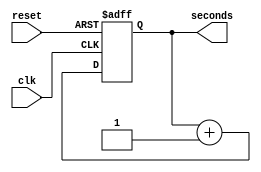
module second_counter(
  input clk,
  input reset,
  output reg [5:0] seconds
);

  always @(posedge clk or posedge reset) begin
    if (reset) begin
      seconds <= 0;
    end else begin
      seconds <= seconds + 1;
    end
  end

endmodule